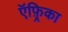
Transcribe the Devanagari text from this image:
ऍफ़्रिका